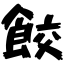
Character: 餃